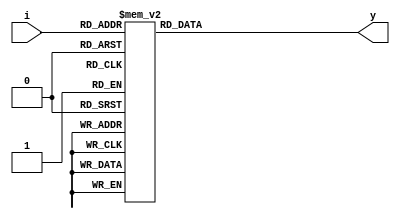
module decoder3to8_behav(i,y);
input [2:0]i;
output reg [7:0]y;
always @(i)
begin
case(i)
3'b000 : y=8'b00000001;
3'b001 : y=8'b00000010;
3'b010 : y=8'b00000100;
3'b011 : y=8'b00001000;
3'b100 : y=8'b00010000;
3'b101 : y=8'b00100000;   
3'b110 : y=8'b01000000;
3'b111 : y=8'b10000000;
default :y=8'bzzzzzzzz;
endcase
end
endmodule